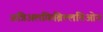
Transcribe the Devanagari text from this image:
अत्रिअलफ़िब्रिल्लतिओन